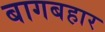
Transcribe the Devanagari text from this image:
बागबहार